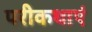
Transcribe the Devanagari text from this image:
परीकथाएं